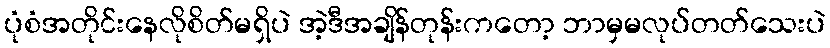
ပုံစံအတိုင်းနေလိုစိတ်မရှိပဲ အဲ့ဒီအချိန်တုန်းကတော့ ဘာမှမလုပ်တတ်သေးပဲ